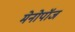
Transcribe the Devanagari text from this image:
मेनोपॉज